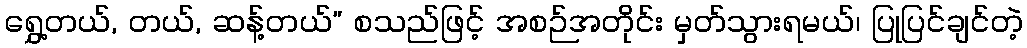
ရွှေ့တယ်, တယ်, ဆန့်တယ်” စသည်ဖြင့် အစဉ်အတိုင်း မှတ်သွားရမယ်၊ ပြုပြင်ချင်တဲ့